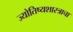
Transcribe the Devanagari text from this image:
ज्योतिष्यशास्त्राचा